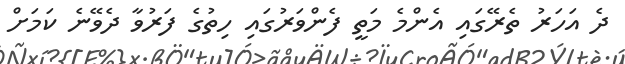
ދެ އަހަރު ތެރޭގައި އެންމެ މަތީ ފެންވަރުގައި ހިތުގެ ފަރުވާ ދެވޭނެ ކަމަށް